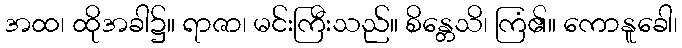
အထ၊ ထိုအခါ၌။ ရာဇာ၊ မင်းကြီးသည်။ စိန္တေသိ၊ ကြံ၏။ ကောနူခေါ၊